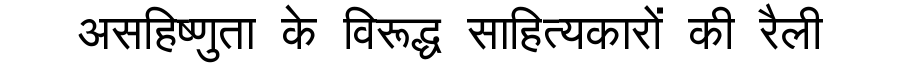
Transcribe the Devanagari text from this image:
असहिष्णुता के विरूद्ध साहित्यकारों की रैली